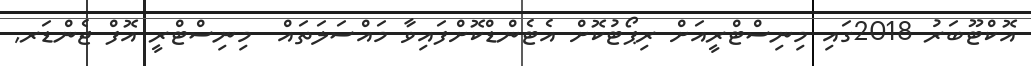
އޮކްޓޫބަރު 2018ގައި މިނިސްޓްރީއަށް ރިޕޯޓުކޮށް އެޓެންޑްކޮށްފައިވާ މައްސަލަތައް  މިނިސްޓްރީ އޮފް ޖެންޑަރ